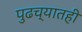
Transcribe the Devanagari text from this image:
पुढच्यातही